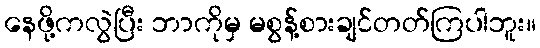
နေဖို့ကလွဲပြီး ဘာကိုမှ မစွန့်စားချင်တတ်ကြပါဘူး။